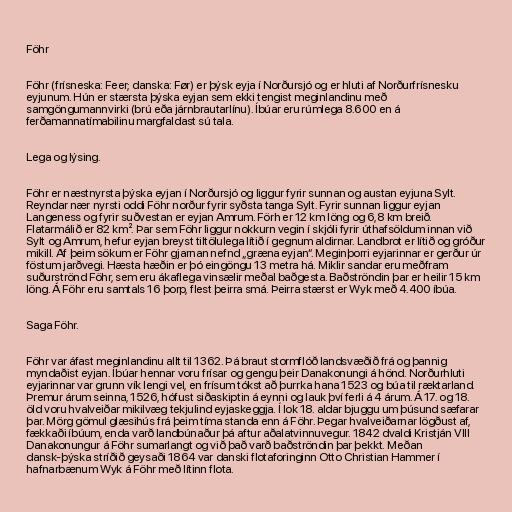
Föhr

Föhr (frísneska: Feer; danska: Før) er þýsk eyja í Norðursjó og er hluti af Norðurfrísnesku
eyjunum. Hún er stærsta þýska eyjan sem ekki tengist meginlandinu með
samgöngumannvirki (brú eða járnbrautarlínu). Íbúar eru rúmlega 8.600 en á
ferðamannatímabilinu margfaldast sú tala.

Lega og lýsing.

Föhr er næstnyrsta þýska eyjan í Norðursjó og liggur fyrir sunnan og austan eyjuna Sylt.
Reyndar nær nyrsti oddi Föhr norður fyrir syðsta tanga Sylt. Fyrir sunnan liggur eyjan
Langeness og fyrir suðvestan er eyjan Amrum. Förh er 12 km löng og 6,8 km breið.
Flatarmálið er 82 km². Þar sem Föhr liggur nokkurn vegin í skjóli fyrir úthafsöldum innan við
Sylt og Amrum, hefur eyjan breyst tiltölulega lítið í gegnum aldirnar. Landbrot er lítið og gróður
mikill. Af þeim sökum er Föhr gjarnan nefnd „græna eyjan“. Meginþorri eyjarinnar er gerður úr
föstum jarðvegi. Hæsta hæðin er þó eingöngu 13 metra há. Miklir sandar eru meðfram
suðurströnd Föhr, sem eru ákaflega vinsælir meðal baðgesta. Baðströndin þar er heilir 15 km
löng. Á Föhr eru samtals 16 þorp, flest þeirra smá. Þeirra stærst er Wyk með 4.400 íbúa.

Saga Föhr.

Föhr var áfast meginlandinu allt til 1362. Þá braut stormflóð landsvæðið frá og þannig
myndaðist eyjan. Íbúar hennar voru frísar og gengu þeir Danakonungi á hönd. Norðurhluti
eyjarinnar var grunn vík lengi vel, en frísum tókst að þurrka hana 1523 og búa til ræktarland.
Þremur árum seinna, 1526, hófust siðaskiptin á eynni og lauk því ferli á 4 árum. Á 17. og 18.
öld voru hvalveiðar mikilvæg tekjulind eyjaskeggja. Í lok 18. aldar bjuggu um þúsund sæfarar
þar. Mörg gömul glæsihús frá þeim tíma standa enn á Föhr. Þegar hvalveiðarnar lögðust af,
fækkaði íbúum, enda varð landbúnaður þá aftur aðalatvinnuvegur. 1842 dvaldi Kristján VIII
Danakonungur á Föhr sumarlangt og við það varð baðströndin þar þekkt. Meðan
dansk-þýska stríðið geysaði 1864 var danski flotaforinginn Otto Christian Hammer í
hafnarbænum Wyk á Föhr með lítinn flota.